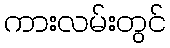
ကားလမ်းတွင်